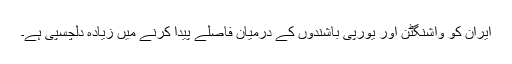
ایران کو واشنگٹن اور یورپی باشندوں کے درمیان فاصلے پیدا کرنے میں زیادہ دلچسپی ہے۔